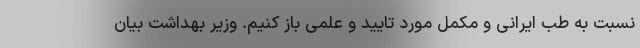
نسبت به طب ایرانی و مکمل مورد تایید و علمی باز کنیم. وزیر بهداشت بیان